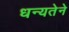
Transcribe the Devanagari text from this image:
धन्यतेने